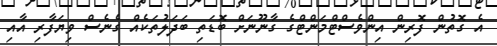
އެ ގޮތުން ފޮރިން އިންވެސްޓްމަންޓްގެ ގާނޫނަށް ބޮޑަތި ބަދަލުތަކެއް ގެނެސް ވިޔަފާރި އާއި